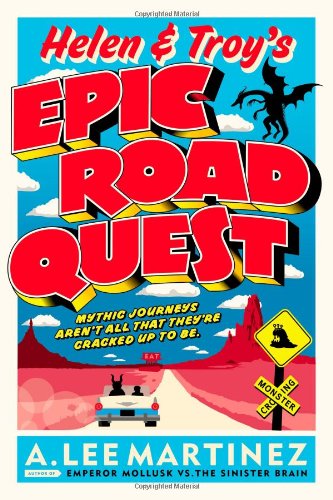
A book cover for Helen and Troy's Epic Road Quest; A. Lee Martinez; Science Fiction & Fantasy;